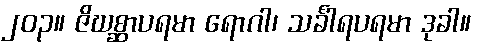
၂၀၃။ ဇိဃစ္ဆာပရမာ ရောဂါ၊ သင်္ခါရပရမာ ဒုခါ။